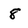
Character: 8